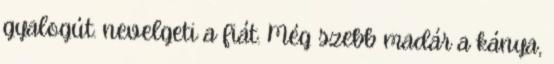
gyalogút. nevelgeti a fiát. Még szebb madár a kánya,